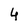
Character: 4